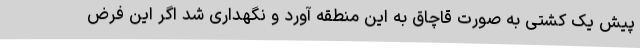
پیش یک کشتی به صورت قاچاق به این منطقه آورد و نگهداری شد اگر این فرض